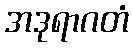
အဒုရာဂတံ